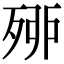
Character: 𣨇